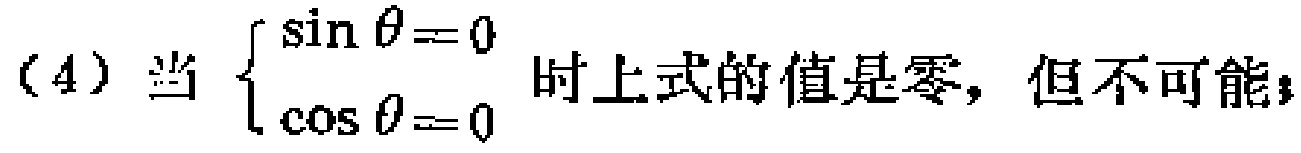
(4) 当 $\begin{cases}
\sin\theta = 0 \\
\cos\theta = 0
\end{cases}$ 时上式的值是零，但不可能；